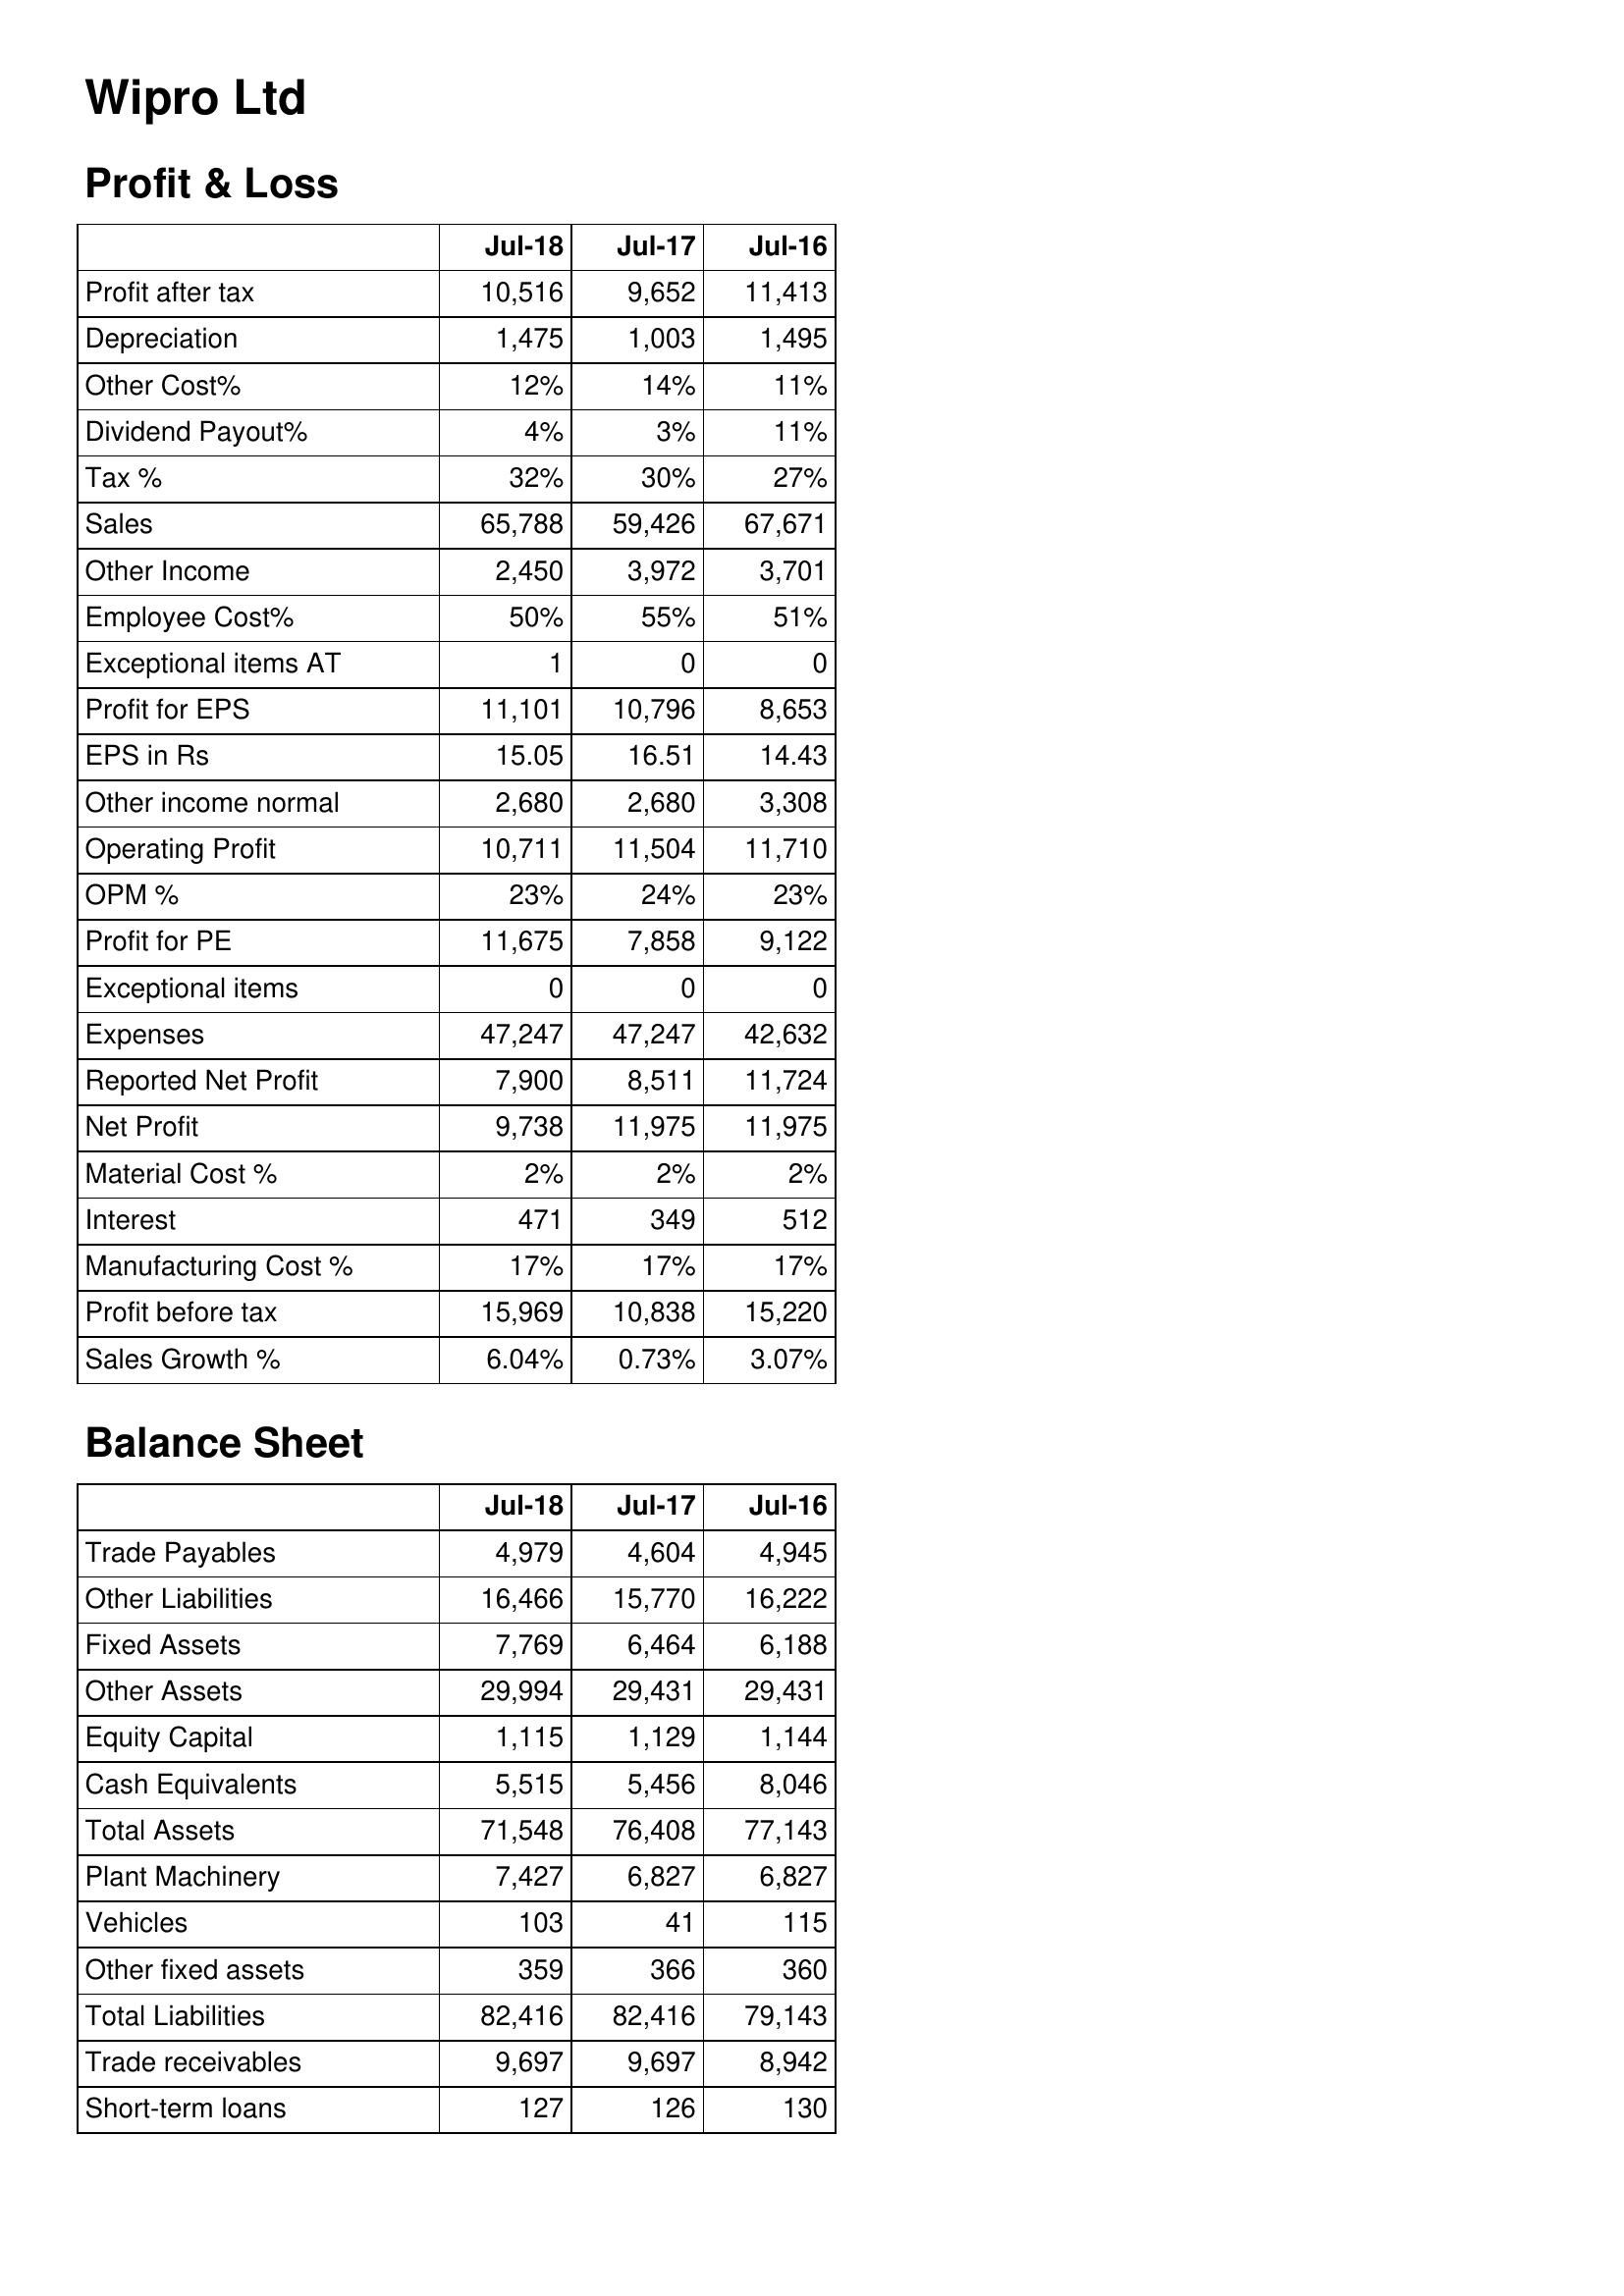
Jul-18: Profit & Loss: Profit after tax: 10,516
Depreciation: 1,475
Other Cost%: 12%
Dividend Payout%: 4%
Tax %: 32%
Sales: 65,788
Other Income: 2,450
Employee Cost%: 50%
Exceptional items AT: 1
Profit for EPS: 11,101
EPS in Rs: 15.05
Other income normal: 2,680
Operating Profit: 10,711
OPM %: 23%
Profit for PE: 11,675
Exceptional items: 0
Expenses: 47,247
Reported Net Profit: 7,900
Net Profit: 9,738
Material Cost %: 2%
Interest: 471
Manufacturing Cost %: 17%
Profit before tax: 15,969
Sales Growth %: 6.04%
Balance Sheet: Trade Payables: 4,979
Other Liabilities: 16,466
Fixed Assets: 7,769
Other Assets: 29,994
Equity Capital: 1,115
Cash Equivalents: 5,515
Total Assets: 71,548
Plant Machinery: 7,427
Vehicles: 103
Other fixed assets: 359
Total Liabilities: 82,416
Trade receivables: 9,697
Short-term loans: 127
Jul-17: Profit & Loss: Profit after tax: 9,652
Depreciation: 1,003
Other Cost%: 14%
Dividend Payout%: 3%
Tax %: 30%
Sales: 59,426
Other Income: 3,972
Employee Cost%: 55%
Exceptional items AT: 0
Profit for EPS: 10,796
EPS in Rs: 16.51
Other income normal: 2,680
Operating Profit: 11,504
OPM %: 24%
Profit for PE: 7,858
Exceptional items: 0
Expenses: 47,247
Reported Net Profit: 8,511
Net Profit: 11,975
Material Cost %: 2%
Interest: 349
Manufacturing Cost %: 17%
Profit before tax: 10,838
Sales Growth %: 0.73%
Balance Sheet: Trade Payables: 4,604
Other Liabilities: 15,770
Fixed Assets: 6,464
Other Assets: 29,431
Equity Capital: 1,129
Cash Equivalents: 5,456
Total Assets: 76,408
Plant Machinery: 6,827
Vehicles: 41
Other fixed assets: 366
Total Liabilities: 82,416
Trade receivables: 9,697
Short-term loans: 126
Jul-16: Profit & Loss: Profit after tax: 11,413
Depreciation: 1,495
Other Cost%: 11%
Dividend Payout%: 11%
Tax %: 27%
Sales: 67,671
Other Income: 3,701
Employee Cost%: 51%
Exceptional items AT: 0
Profit for EPS: 8,653
EPS in Rs: 14.43
Other income normal: 3,308
Operating Profit: 11,710
OPM %: 23%
Profit for PE: 9,122
Exceptional items: 0
Expenses: 42,632
Reported Net Profit: 11,724
Net Profit: 11,975
Material Cost %: 2%
Interest: 512
Manufacturing Cost %: 17%
Profit before tax: 15,220
Sales Growth %: 3.07%
Balance Sheet: Trade Payables: 4,945
Other Liabilities: 16,222
Fixed Assets: 6,188
Other Assets: 29,431
Equity Capital: 1,144
Cash Equivalents: 8,046
Total Assets: 77,143
Plant Machinery: 6,827
Vehicles: 115
Other fixed assets: 360
Total Liabilities: 79,143
Trade receivables: 8,942
Short-term loans: 130